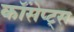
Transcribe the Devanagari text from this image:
कॉंसेप्ट्स